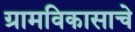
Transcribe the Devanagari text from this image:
ग्रामविकासाचे